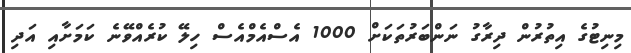
މިނިޓުގެ އިތުރުން ދިރާގު ނަންބަރުތަކަށް 1000 އެސްއެމްއެސް ހިލޭ ކުރެއްވޭނެ ކަމަށާއި އަދި